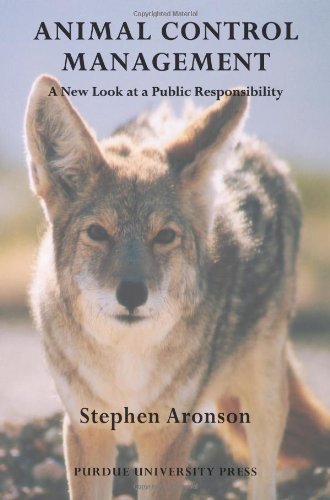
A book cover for Animal Control Management: A New Look At A Public Responsibility (New Directions in the Human-Animal Bond); Stephen Aronson; Science & Math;